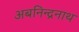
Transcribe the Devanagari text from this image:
अबनिन्द्रनाथ